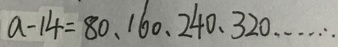
a - 1 4 = 8 0 、 1 6 0 、 2 4 0 、 3 2 0 \cdots